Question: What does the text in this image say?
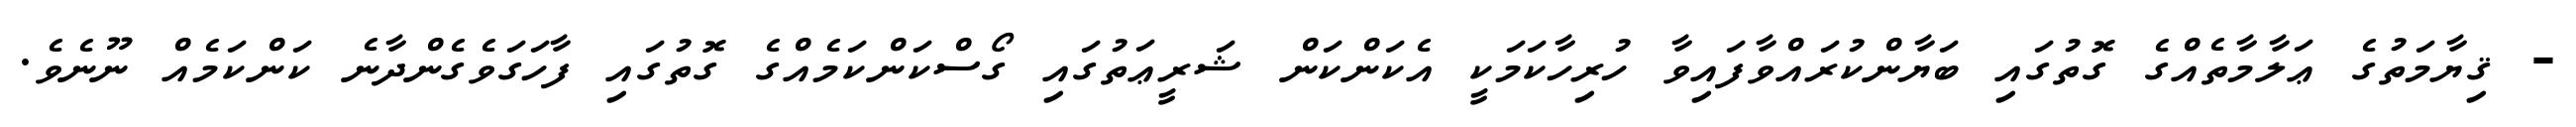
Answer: - ޤިޔާމަތުގެ ޢަލާމާތެއްގެ ގޮތުގައި ބަޔާންކުރައްވާފައިވާ ހުރިހާކަމަކީ އެކަންކަން ޝަރީޢަތުގައި ގޯސްކަންކަމެއްގެ ގޮތުގައި ފާހަގަވެގެންދާނެ ކަންކަމެއް ނޫނެވެ.